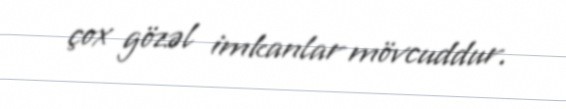
çox gözəl imkanlar mövcuddur.